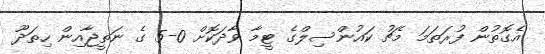
އެގޮތުން ފުރަތަމަ މެޗު ކައުންސިލްގެ ޓީމާ ވާދަކޮށް 0-5 ގެ ނަތީޖާއިން ހިތަދޫ